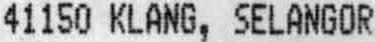
41150 KLANG, SELANGOR